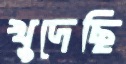
খুদেছি